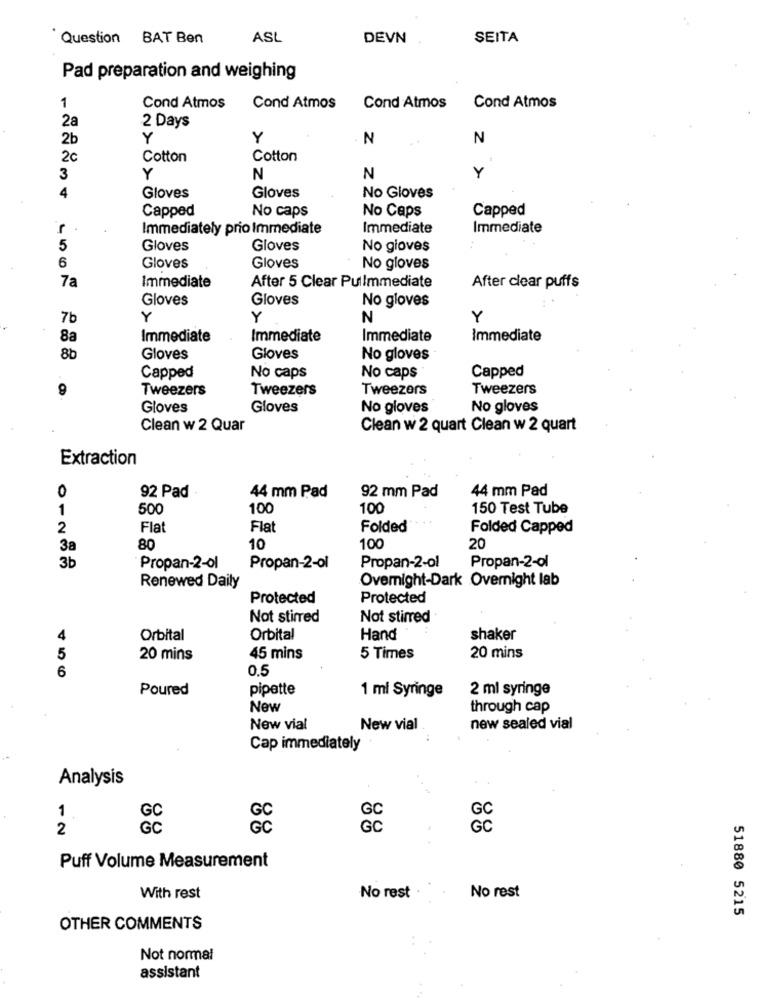
Question BAT Ben
ASL
DEVN
SEITA
Pad preparation and weighing
1
Cond Atmos
Cond Atmos
Cond Atmos
Cond Atmos
2a
2 Days
2b
Y
Y
N
N
2c
Cotton
Cotton
3
Y
N
N
Y
4
Gloves
Gloves
No Gloves
Capped
No caps
No Caps
Capped
L
Immediately prio Immediate
Immediate
Immediate
5
Gloves
Gloves
No gioves
6
Gloves
Gloves
No gloves
7a
Immediate
After 5 Clear Pullmmediate
After clear puffs
Gloves
Gloves
No gloves
7b
Y
Y
N
Y
8a
Immediate
Immediate
Immediate
Immediate
8b
Gloves
Gloves
No gloves
Capped
Capped
No caps
No caps
9
Tweezers
Tweezers
Tweezers
Tweezers
Gloves
Gloves
No gloves
No gloves
Clean w 2 Quar
Clean w 2 quart Clean w 2 quart
Extraction
0
92 mm Pad
44 mm Pad
92 Pad
44 mm Pad
1
500
100
100
150 Test Tube
2
Flat
Flat
Folded
Folded Capped
38
80
10
100
20
3b
Propan-2-01
Propan-2-ol
Propan-2-ol
Propan-2-ol
Overnight-Dark Overnight lab
Renewed Daily
Protected
Protected
Not stirred
Not stirred
4
Orbital
Orbital
Hand
shaker
5
20 mins
45 mins
5 Times
20 mins
6
0.5
Poured
pipette
2 ml syringe
1 ml Syringe
New
through cap
New vial
New vial
new sealed vial
Cap immediately
Analysis
1
GC
2
GC
CC
GC
Puff Volume Measurement
With rest
No rest
No rest
51880 5215
OTHER COMMENTS
Not normal
assistant